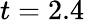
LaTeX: t=2.4